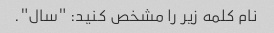
نام کلمه زیر را مشخص کنید: "سال".